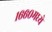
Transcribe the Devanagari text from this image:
१६६०मध्ये